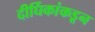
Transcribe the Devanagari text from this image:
दीर्घिकांकडून